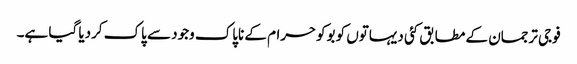
فوجی ترجمان کے مطابق کئی دیہاتوں کو بوکوحرام کے ناپاک وجود سے پاک کردیا گیا ہے۔